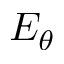
E _ { \theta }